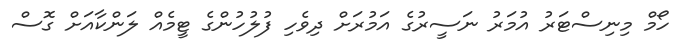
ހޯމް މިނިސްޓަރު އުމަރު ނަސީރުގެ އަމުރަށް ދިވެހި ފުލުހުންގެ ޓީމެއް ލަންކާއަށް ގޮސް